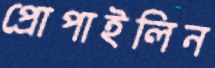
প্রোপাইলিন